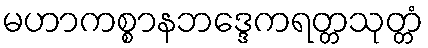
မဟာကစ္စာနဘဒ္ဒေကရတ္တသုတ္တံ